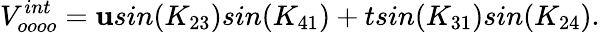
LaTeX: V_{oooo}^{int}=\mathbf{u}sin(K_{23})sin(K_{41})+tsin(K_{31})sin(K_{24}).